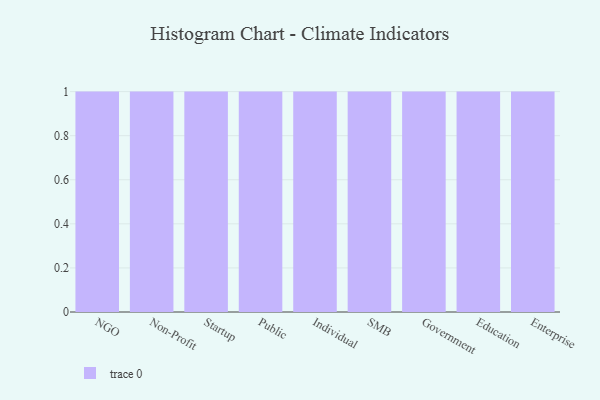
{"axis": {"x": "Segment", "y": "Temperature (°C)"}, "legend": [""], "data": [{"x": "NGO", "y": 38, "type": ""}, {"x": "Non-Profit", "y": 66, "type": ""}, {"x": "Startup", "y": 52, "type": ""}, {"x": "Public", "y": 71, "type": ""}, {"x": "Individual", "y": 26, "type": ""}, {"x": "SMB", "y": 88, "type": ""}, {"x": "Government", "y": 35, "type": ""}, {"x": "Education", "y": 3, "type": ""}, {"x": "Enterprise", "y": 86, "type": ""}]}